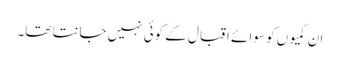
ان کمیوں کو سوا ئے اقبال کے کوئی نہیں جانتا تھا۔